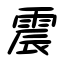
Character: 震